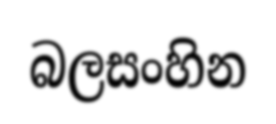
බලසංහින